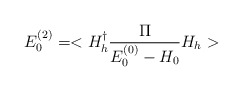
\begin{align*}E^{(2)}_{0}=<H_{h}^{\dagger}\frac{\Pi}{E_{0}^{(0)}-H_{0}}H_{h}>\end{align*}